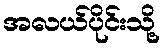
အလယ်ပိုင်းသို့